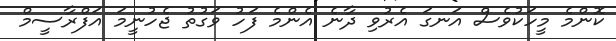
ކޮންމެ މީހަކުވެސް އަނގަ އެރުވި ދާނެ އެންމެ ފަހު ވަގުތު ޖެހުނީމަ އަފްރާސީމް